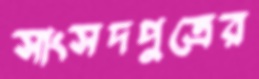
সাংসদপুত্রের